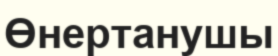
Өнертанушы